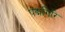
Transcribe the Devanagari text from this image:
पद्मगिरि